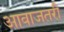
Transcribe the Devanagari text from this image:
आवाजतरी